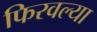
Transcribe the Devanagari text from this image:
फिरवल्या